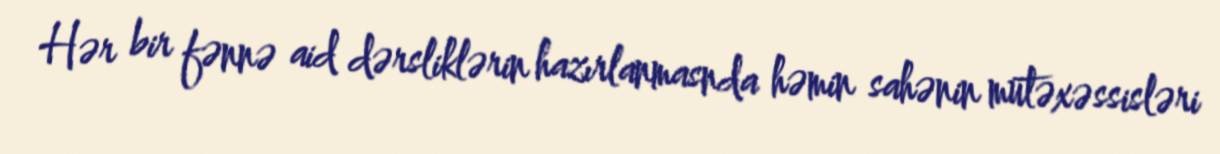
Hər bir fənnə aid dərsliklərin hazırlanmasnda həmin sahənin mütəxəssisləri